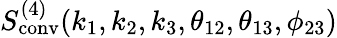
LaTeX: S_{\mathrm{conv}}^{(4)}(k_{1},k_{2},k_{3},\theta_{12},\theta_{13},\phi_{23})